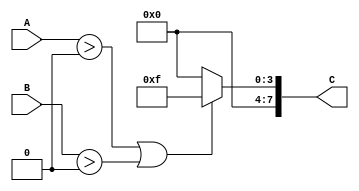
// case 3: Output 8'b0001111 if at least 1 of the 8 bits in the two inputs is 1 (use a single OR operation)
module if1of8(A,B,C);
	input [3:0]A, B;
	output reg [7:0]C;
	always @(*)
	begin
	if(A > 0 || B > 0)
		begin
		C = 8'b00001111;
		end
	else 
		C=8'b00000000;
	end
endmodule


module case3(SW, B, ALUOut);
	input [7:0]SW;
	input [3:0]B;
	output [7:0]ALUOut;
	
	if1of8 C4(.A(SW[3:0]), .B(B[3:0]), .C(ALUOut));
endmodule